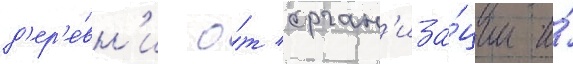
д'ер'е́вн'и о́т орган'иза́ции и́